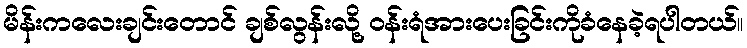
မိန်းကလေးချင်းတောင် ချစ်လွန်းလို့ ဝန်းရံအားပေးခြင်းကိုခံနေခဲ့ရပါတယ်။